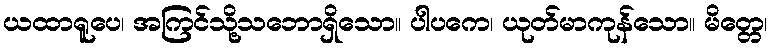
ယထာရူပေ၊ အကြင်သို့သဘောရှိသော။ ပါပကေ၊ ယုတ်မာကုန်သော။ မိတ္တေ၊